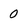
Character: 0